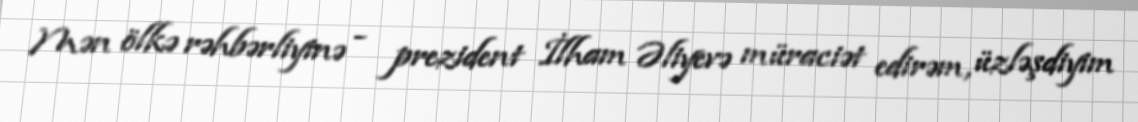
Mən ölkə rəhbərliyinə - prezident İlham Əliyevə müraciət edirəm, üzləşdiyim